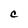
Character: C